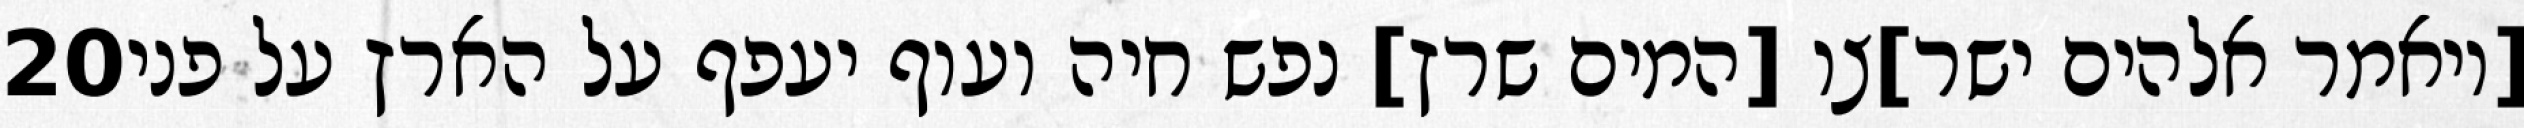
‎20‏ [ויאמר אלהים ישר]צו [המים שרץ] נפש חיה ועוף יעפף על הארץ על פני